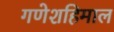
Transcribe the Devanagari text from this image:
गणेशहिमाल